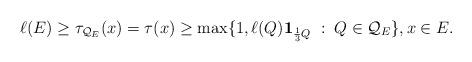
LaTeX: \begin{align*} \ell (E) \geq \tau _{\mathcal{Q}_E} (x) = \tau (x) \geq \max \{ 1 , \ell (Q) \mathbf 1_{\frac{1}3 Q} \;:\; Q\in \mathcal Q_E\}, x\in E. \end{align*}